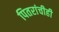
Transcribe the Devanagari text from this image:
पितरांचीही